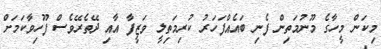
މިކަން މީހާގެ މޫނުމަތިން ފެނި ބައެއްފަހަރު ކުރިމަތިލީ ވަޒީފާ އާއި ދޭތެރޭވެސް ފޫހިވާކަމަށް